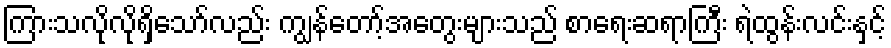
ကြားသလိုလိုရှိသော်လည်း ကျွန်တော့်အတွေးများသည် စာရေးဆရာကြီး ရဲထွန်းလင်းနှင့်